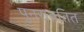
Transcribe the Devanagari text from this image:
पुनराव्रतित